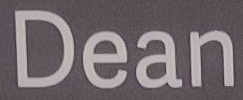
Dean